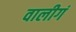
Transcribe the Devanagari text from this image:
वालीगं